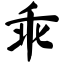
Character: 乖